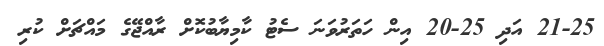
21-25 އަދި 25-20 އިން ހަތަރުވަނަ ސެޓު ކާމިޔާބުކޮށް ރާއްޖޭގެ މައްޗަށް ކުރި